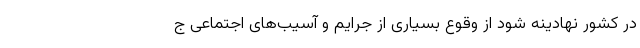
در کشور نهادینه شود از وقوع بسیاری از جرایم و آسیب‌ها‌ی اجتماعی ج